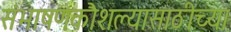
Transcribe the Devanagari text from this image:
संभाषणकौशल्यासाठीच्या